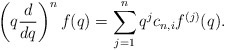
\begin{align*}\left(q\frac{d}{dq}\right)^n f(q) = \sum_{j=1}^n q^jc_{n,i}f^{(j)}(q).\end{align*}